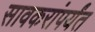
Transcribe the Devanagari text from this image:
सावकरांपर्यंत